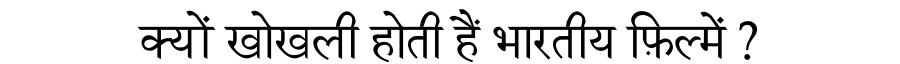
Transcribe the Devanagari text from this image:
क्यों खोखली होती हैं भारतीय फ़िल्में ?